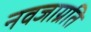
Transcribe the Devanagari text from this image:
नवजाग्रति